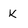
Character: K